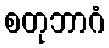
စတုဘာဂံ